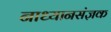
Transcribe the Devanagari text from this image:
नाध्यानसंज्ञक